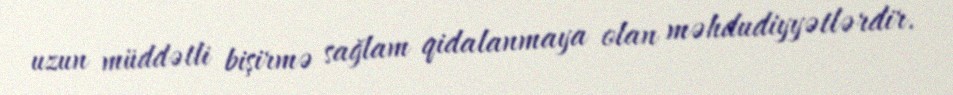
uzun müddətli bişirmə sağlam qidalanmaya olan məhdudiyyətlərdir.